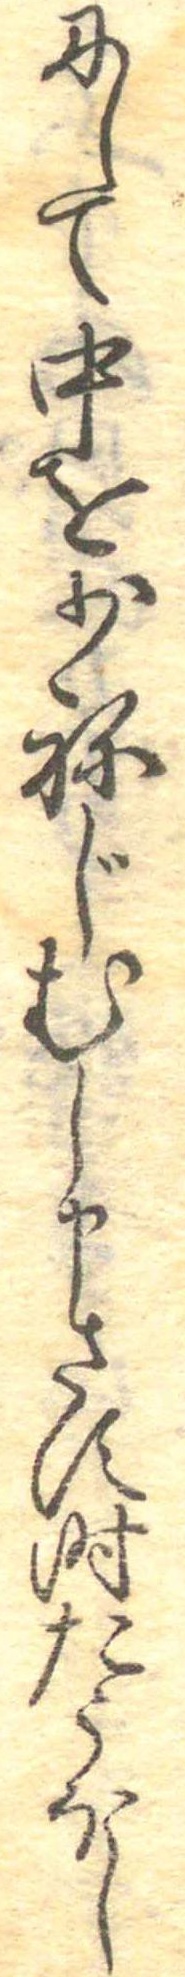
にして中を少ねじむし申さす時たうほし